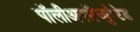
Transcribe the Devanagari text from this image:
पॉलीअनसॅच्युरेटेड